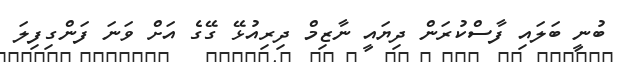
ބުނީ ބަލައި ފާސްކުރަން ދިޔައީ ނާޒިމް ދިރިއުޅޭ ގޭގެ އަށް ވަނަ ފަންގިފިލަ